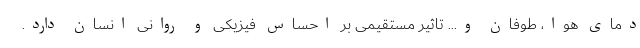
دمای هوا، طوفان و... تاثیر مستقیمی بر احساس فیزیکی و روانی انسان دارد.